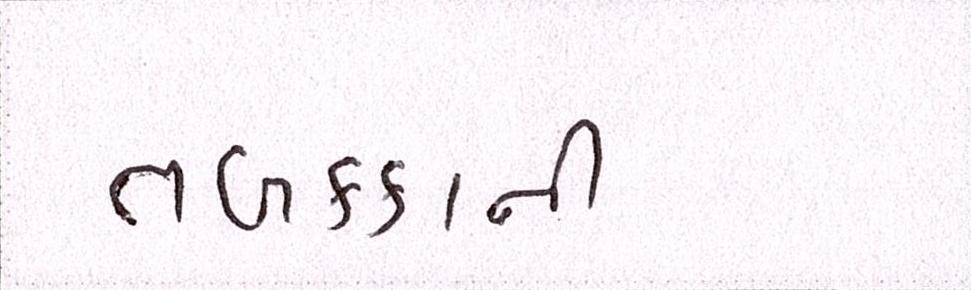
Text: તબક્કાની